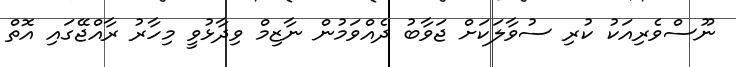
ނޫސްވެރިއަކު ކުރި ސުވާލަކަށް ޖަވާބު ދެއްވަމުން ނާޒިމް ވިދާޅުވީ މިހާރު ރާއްޖޭގައި އޮތް